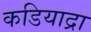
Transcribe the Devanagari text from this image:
कडियाद्रा